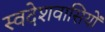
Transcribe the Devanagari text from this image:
स्वदेशवासियों